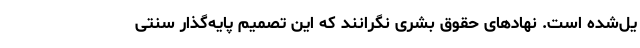
یل‌شده است. نهادهای حقوق بشری نگرانند که این تصمیم پایه‌گذار سنتی